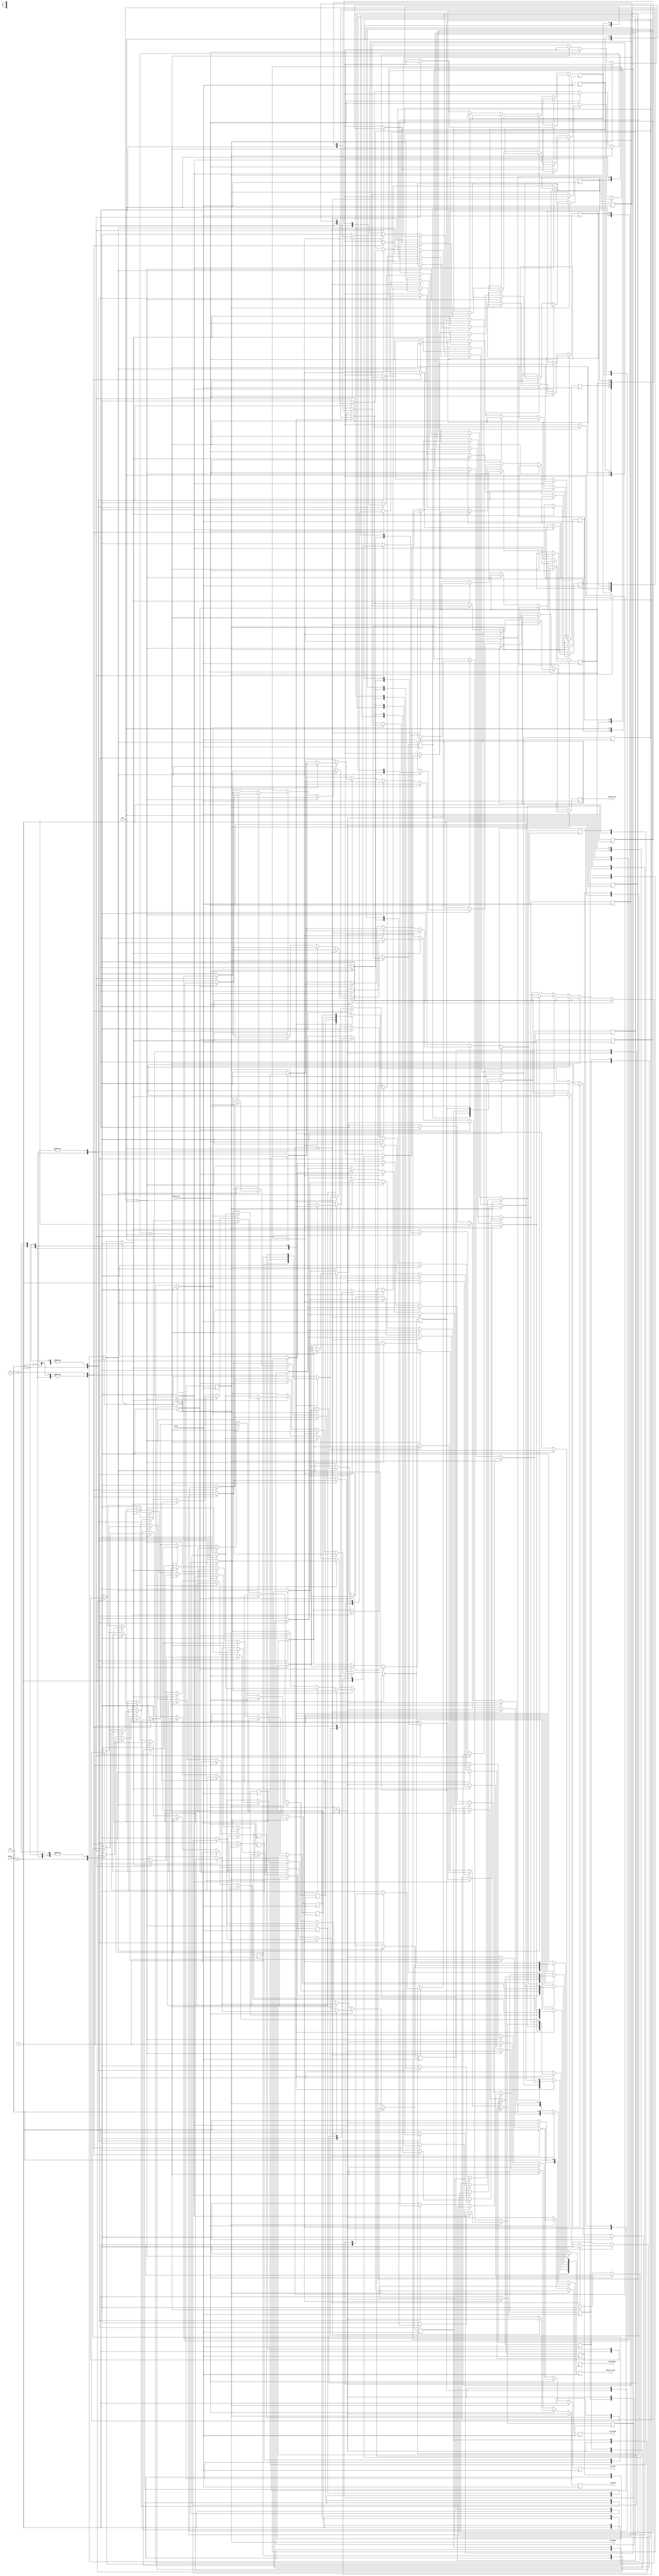
module controleCache(clock, tag, indice, read_write, hit_miss, writeram, address_cache, address_ram, writecache, writeback, sinaisCache);
// inputs
	input	[2:0] tag; 
	input [1:0] indice;
	input clock, read_write;
	
// outputs -> sinais de controle
	output reg hit_miss, writeram, writeback, writecache;
	output reg[2:0] address_cache, address_ram;
// lru0 -> 0 | lru1 -> 1 | valido0 -> 2 | valido1 -> 3 | dirty0 -> 4 | dirty1 -> 5 |
	output reg[5:0] sinaisCache;

// caches --> so matrizes de 4 linhas por propriedade e por cache
	reg [2:0] tag0[3:0];
	reg [2:0] tag1[3:0];
	reg valido0 [3:0];
	reg valido1 [3:0];
	reg dirty0 [3:0];
	reg dirty1 [3:0];
	reg lru0 [3:0];
	reg lru1 [3:0];
	
// Considerando as tags j preenchidos nas caches
	initial
	  begin	  
			// instancia a cache 0
			tag0[0] = 3'b100;	tag0[1] = 3'b000;	tag0[2] = 3'b101;	tag0[3] = 3'bxxx;
			valido0[0] = 1'b0;	valido0[1] = 1'b1;	valido0[2] = 1'b1;	valido0[3] = 1'b0;
			dirty0[0] = 1'b0;	dirty0[1] = 1'b0;	dirty0[2] = 1'b1;	dirty0[3] = 1'bx;
			lru0[0] = 1'b0;	lru0[1] = 1'b1;	lru0[2] = 1'b0;	lru0[3] = 1'bx;
			// instancia a cache 1
			tag1[0] = 3'bxxx;	tag1[1] = 3'bxxx;	tag1[2] = 3'b111;	tag1[3] = 3'bxxx;	
			valido1[0] = 1'b0;	valido1[1] = 1'b0;	valido1[2] = 1'b1;	valido1[3] = 1'b0;
			dirty1[0] = 1'b0;	dirty1[1] = 1'b0;	dirty1[2] = 1'b0;	dirty1[3] = 1'bx;
			lru1[0] = 1'b0;	lru1[1] = 1'b0;	lru1[2] = 1'b1;	lru1[3] = 1'bx;
			// inicializa sinais de controle
			writeback = 1'b0;
	 end
	 
// logica da cache na borda de subida
	always @(negedge clock)
		begin
			// sem write back
			if(writeback == 1'b0)
				begin 
					// ================== ESCRITA ==================
					if(read_write == 1'b1) 
						begin
							// cache 0
							if(tag0[indice] == tag) 
								begin
									// desabilita escrita na ram
									writeram = 1'b0;
									// deu hit
									hit_miss = 1'b1; 
									// escrita na cache 0
									writecache = 1'b1;
									// atualiza dirty
									dirty0[indice] = 1'b1;
									// atualiza lru
									lru0[indice] = 1'b1;
									lru1[indice] = 1'b0;
									// determina o indice do registrador da cache
									address_cache[1:0] = indice;
									address_cache[2] = 1'b0;
								end 
								
							// cache 1
							else if(tag1[indice] == tag) 
								begin
									// desabilita escrita na ram
									writeram = 1'b0;
									// deu hit
									hit_miss = 1'b1;
									// escrita na cache 1
									writecache = 1'b1;
									// atualiza dirty
									dirty1[indice] = 1'b1;
									// atualiza lru
									lru0[indice] = 1'b0;
									lru1[indice] = 1'b1;
									// determina o indice do registrador da cache
									address_cache[1:0] = indice;
									address_cache[2] = 1'b1;
								end
								
							// Write Miss  com write back
							else
								begin
									// Habilita write back
									writeback = 1'b1;
									// Habilita escrita na ram
									writeram = 1'b1;
									// leitura na cache
									writecache = 1'b0;
									// deu miss
									hit_miss = 1'b0;
									// determina o indice da cache
									address_cache[1:0] = indice;
									// verifica bloco mais antigo
									if(lru0[indice] == 1'b0)	// cache 0 mais antiga
										begin 
											// atualiza lru
											lru0[indice] = 1'b1;
											lru1[indice] = 1'b0;
											// determina qual cache
											address_cache[2] = 1'b0;
											// informa a ram o endereo do dado da cache
											address_ram = tag0[indice];
										end
									else
										begin 						// cache 1 mais antiga
											// atualiza lru
											lru0[indice] = 1'b0;
											lru1[indice] = 1'b1;
											// determina qual cache
											address_cache[2] = 1'b1;
											// informa a ram o endereo do dado da cache
											address_ram = tag1[indice];
										end
								end
						end 
					// ================== LEITURA ==================
					else 
						begin
							// cache 0
							if(tag0[indice] == tag) 
								begin
									// leitura na cache
									writecache = 1'b0;
									// leitura da minha ram
									writeram = 1'b0;
									// determina o indice do registrador da cache
									address_cache[1:0] = indice;
									address_cache[2] = 1'b0;
									// atualiza lru
									lru0[indice] = 1'b1;
									lru1[indice] = 1'b0;
									// verifica se deu hit=1 ou miss=0
									hit_miss = (valido0[indice] == 1'b1)? 1'b1 : 1'b0; 
									// atualiza valido
									valido0[indice] = 1'b1;
								end 
							// cache 1
							else if(tag1[indice] == tag)
								begin
									// leitura na cache
									writecache = 1'b0;
									// leitura da minha ram
									writeram = 1'b0;
									// determina o indice do registrador da cache
									address_cache[1:0] = indice;
									address_cache[2] = 1'b1;	// equivalente a somar a 4
									// atualiza lru
									lru0[indice] = 1'b0;
									lru1[indice] = 1'b1;
									// verifica se deu hit=1 ou miss=0
									hit_miss = (valido1[indice] == 1'b1)? 1'b1 : 1'b0; 
									// atualiza valido
									valido1[indice] = 1'b1;
								end
							// no bateu a nenhuma tag, mas ainda tem que verificar se o conteudo  valido
							else 
								begin
									// deu miss
									hit_miss = 1'b0;
									// leitura na cache
									writecache = 1'b0;
									// leitura da ram
									writeram = 1'b0;
									// verifica se algum  invalido para atualizar a tag
									if (valido0[indice] == 1'b0)
										begin 
											// determina o indice do registrador da cache
											address_cache[1:0] = indice;
											address_cache[2] = 1'b0;
											// atualiza a tag
											tag0[indice] = tag;
											// atualiza lru
											lru0[indice] = 1'b1;
											lru1[indice] = 1'b0;
											// atualiza valido
											valido0[indice] = 1'b1;
										end
									else if (valido1[indice] == 1'b0)
										begin 
											// determina o indice do registrador da cache
											address_cache[1:0] = indice;
											address_cache[2] = 1'b1;
											// atualiza a tag
											tag1[indice] = tag;
											// atualiza lru
											lru0[indice] = 1'b0;
											lru1[indice] = 1'b1;
											// atualiza valido
											valido1[indice] = 1'b1;
										end
									//  invalido, ento
									// read miss com write back
									else
										begin 
											// Habilita write back
											writeback = 1'b1;
											// Habilita escrita na ram
											writeram = 1'b1;
											// leitura na cache
											writecache = 1'b0;
											// deu miss
											hit_miss = 1'b0;
											// determina o indice da cache
											address_cache[1:0] = indice;
											// verifica bloco mais antigo
											if(lru0[indice] == 1'b0)	// cache 0 mais antiga
												begin 
													// atualiza lru
													lru0[indice] = 1'b1;
													lru1[indice] = 1'b0;
													// determina qual cache
													address_cache[2] = 1'b0;
													// informa a ram o endereo do dado da cache
													address_ram = tag0[indice];
												end
											else
												begin 						// cache 1 mais antiga
													// atualiza lru
													lru0[indice] = 1'b0;
													lru1[indice] = 1'b1;
													// determina qual cache
													address_cache[2] = 1'b1;
													// informa a ram o endereo do dado da cache
													address_ram = tag1[indice];
												end
										end
								end
						end
				end
				// com writeback
				else 
					begin 
						// Desabilita o write back
						writeback = 1'b0;
						// habilita hit para escrever e ler
						hit_miss = 1'b1;
						// le ou escreve no novo bloco
						writecache = (read_write == 1'b1)? 1'b1: 1'b0;
						// descobre qual a cache mais recente para trazer o bloco
						if(lru0[indice] == 1'b1)	
							begin 
								// atualiza tag
								tag0[indice] = tag;
								// leitura da ram
								writeram = 1'b0;
								// atualiza dirty
								dirty0[indice] = 1'b1;
								// determina o indice do registrador da cache
								address_cache[1:0] = indice;
								address_cache[2] = 1'b0;	
								// atualiza dirty se read
								dirty0[indice] = (read_write == 1'b1)? 1'b1: 1'b0;
							end
						else
							begin 
								// atualiza tag
								tag1[indice] = tag;
								// leitura da ram
								writeram = 1'b0;
								// atualiza dirty
								dirty1[indice] = 1'b1;
								// determina o indice do registrador da cache
								address_cache[1:0] = indice;
								address_cache[2] = 1'b1;	
								// atualiza dirty se read
								dirty1[indice] = (read_write == 1'b1)? 1'b1: 1'b0;	
							end
					end
			
			// sinais a serem mostrados na placa		
			sinaisCache[0] = lru0[indice];
			sinaisCache[1] = lru1[indice];
			sinaisCache[2] = valido0[indice];
			sinaisCache[3] = valido1[indice];
			sinaisCache[4] = dirty0[indice];
			sinaisCache[5] = dirty1[indice];
					
		end	

endmodule